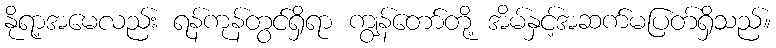
နိုရာ့အမေလည်း ရန်ကုန်တွင်ရှိရာ ကျွန်တော်တို့ အိမ်နှင့်အဆက်မပြတ်ရှိသည်။